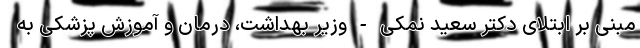
مبنی بر ابتلای دکتر سعید نمکی - وزیر بهداشت، درمان و آموزش پزشکی به